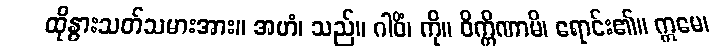
ထိုနွားသတ်သမားအား။ အဟံ၊ သည်။ ဂါဝိံ၊ ကို။ ဝိက္ကိဏာမိ၊ ရောင်း၏။ ဣမေ၊